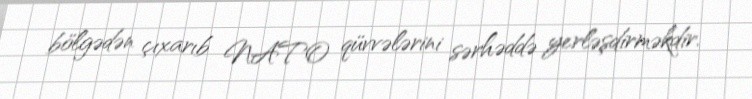
bölgədən çıxarıb NATO qüvvələrini sərhəddə yerləşdirməkdir.